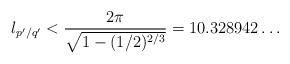
LaTeX: \begin{align*}l_{p'/q'} < \dfrac{2\pi}{\sqrt{1-(1/2)^{2/3}}} = 10.328942 \dots\end{align*}